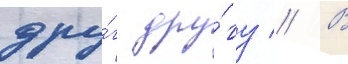
дру́г дру́гу // В